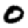
Digit: 0